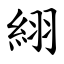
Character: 䋚